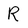
Character: R